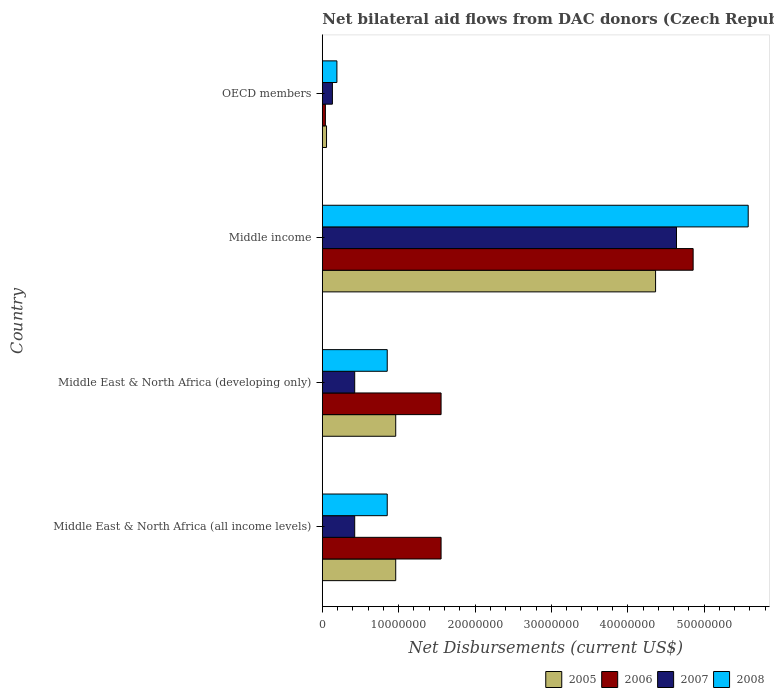
| Country | 2005 | 2006 | 2007 | 2008 |
 | --- | --- | --- | --- | --- |
 | Middle East & North Africa (all income levels) | 9.61e+06 | 1.56e+07 | 4.24e+06 | 8.5e+06 |
 | Middle East & North Africa (developing only) | 9.61e+06 | 1.56e+07 | 4.24e+06 | 8.5e+06 |
 | Middle income | 4.36e+07 | 4.86e+07 | 4.64e+07 | 5.58e+07 |
 | OECD members | 5.5e+05 | 4e+05 | 1.32e+06 | 1.91e+06 |